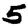
Digit: 5